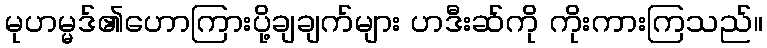
မုဟမ္မဒ်၏ဟောကြားပို့ချချက်များ ဟဒီးဆ်ကို ကိုးကားကြသည်။